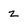
Character: 2